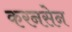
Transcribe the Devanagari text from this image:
करनसेन